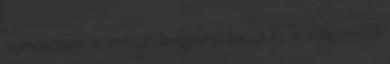
számítógépén, a rendszer hangjelzést bocsát ki, az előlapon lévő